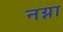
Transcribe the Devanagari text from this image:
नग्ना